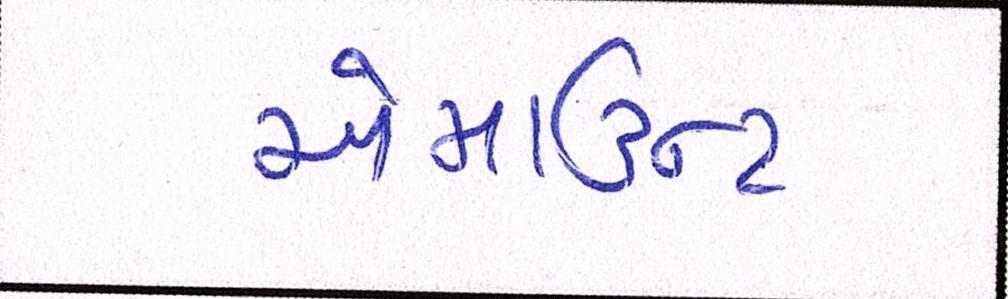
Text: એમાઉન્ટ